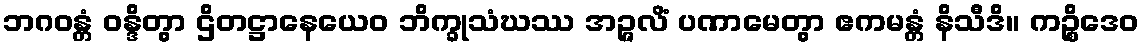
ဘဂဝန္တံ ဝန္ဒိတွာ ဌိတဋ္ဌာနေယေဝ ဘိက္ခုသံဃဿ အဉ္ဇလိံ ပဏာမေတွာ ဧကမန္တံ နိသီဒိ။ ကဉ္စိဒေဝ